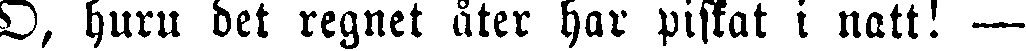
O, huru det regnet åter har piskat i natt! —